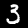
Label: 3